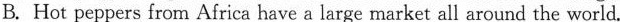
B. Hot peppers frorn Africa have a large market all around the world.